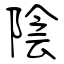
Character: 陰